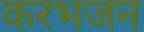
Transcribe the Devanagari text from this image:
करभजन